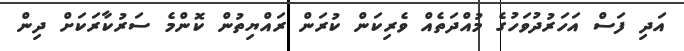
އަދި ފަސް އަހަރުދުވަހުގެ މުއްދަތެއް ވެރިކަން ކުރަން ރައްޔިތުން ކޮންމެ ސަރުކާރަކަށް ދިން